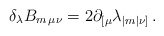
\begin{align*}\delta_{\lambda} B_{m\, \mu\nu} = 2\partial_{[\mu}\lambda_{|m|\nu]}\, .\end{align*}